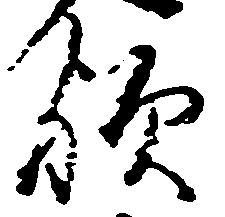
歟